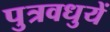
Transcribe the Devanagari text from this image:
पुत्रवधुयें